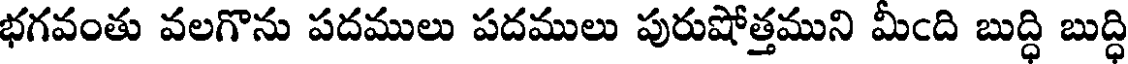
భగవంతు వలగొను పదములు పదములు పురుషోత్తముని మీఁది బుద్ధి బుద్ధి